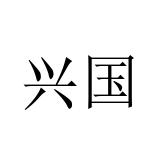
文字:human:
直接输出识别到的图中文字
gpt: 兴国